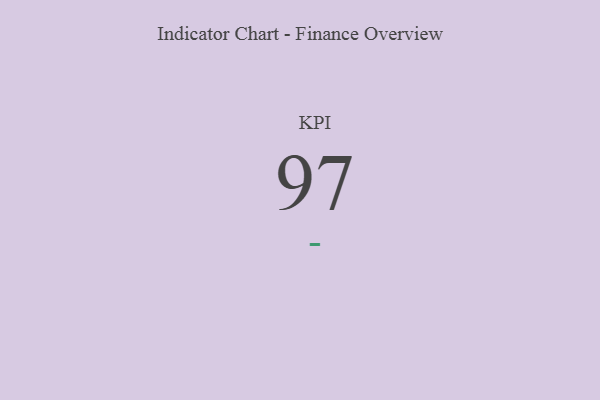
{"axis": {"x": "KPI", "y": "Value"}, "legend": [""], "data": [{"x": "KPI", "y": 97, "type": ""}]}